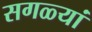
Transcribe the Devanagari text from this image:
सगळ्यां